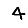
Digit: 4